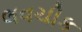
લવચીક